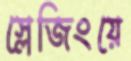
স্লেজিংয়ে